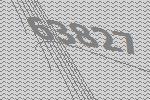
63827